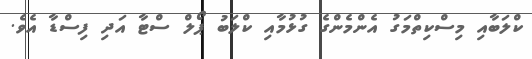
ކްލަބާއި މިސްކިތްމަގު އެންމެންގެ ގުޅުމާއި ކްލަބު ޕޯލް ސްޓާ އަދި ފިސްޑާ އެވެ.